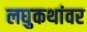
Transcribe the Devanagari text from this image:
लघुकथांवर